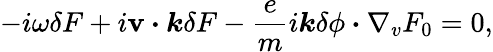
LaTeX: -i\omega\delta F+i{\textbf{v}\boldsymbol{\cdot}\boldsymbol{k}}\delta F-\frac{e}{m}i\boldsymbol{k}\delta\phi\boldsymbol{\cdot}\nabla_{v}F_{0}=0,